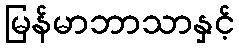
မြန်မာဘာသာနှင့်